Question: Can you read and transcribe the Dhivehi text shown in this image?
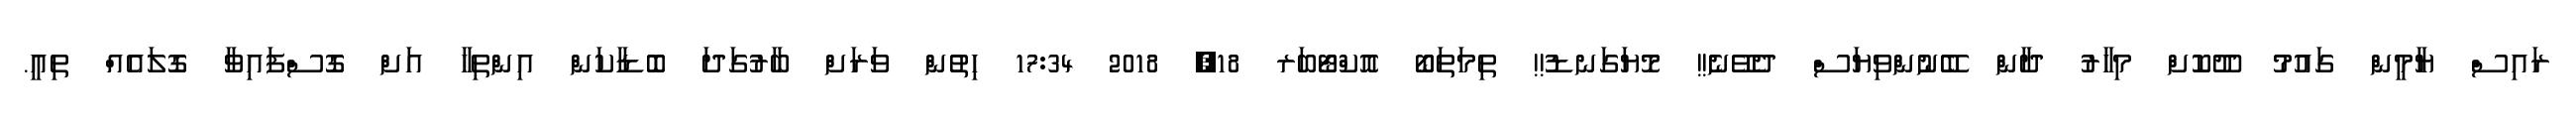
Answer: ރައިސް ޔާމީން ގައުމު ދޫކޮށް މިހާރު ދާން ބޭނުންވިޔަސް ދެވޭނެ!! މޮޔަގަނޑު!! ތިމަތަބޯ އޮކްޓޯބަރ 18, 2018 17:34 ހިތުން ވަރަށް ބާރުގަދަ ބޮޑާކަން އިންތިހާ އަށް ގޮސްފައިވާ ގޮލައެއް ތިއީ.